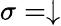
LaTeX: \sigma=\downarrow